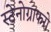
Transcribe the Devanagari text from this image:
स्टेनोग्राफरो